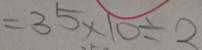
= 3 5 \times 1 0 \div 2